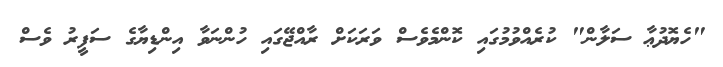
"ހެޔޮދުޢާ ސަލާން" ކުރެއްވުމުގައި ކޮންމެވެސް ވަރަކަށް ރާއްޖޭގައި ހުންނަވާ އިންޑިޔާގެ ސަފީރު ވެސް